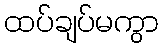
ထပ်ချပ်မကွာ